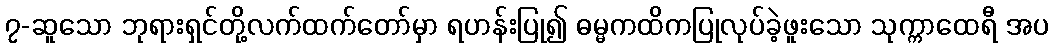
၇-ဆူသော ဘုရားရှင်တို့လက်ထက်တော်မှာ ရဟန်းပြု၍ ဓမ္မကထိကပြုလုပ်ခဲ့ဖူးသော သုက္ကာထေရီ အပ